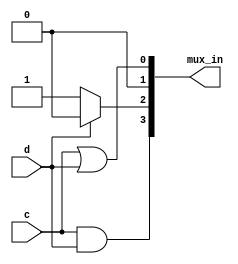
module top_module (
    input c,
    input d,
    output [3:0] mux_in
); 
    wire p,q;
    assign p = d ? 0 : 1 ;
    assign q = c ? 0 : 1 ;
    assign mux_in[0] = c|d;
    assign mux_in[1] = 0;
    assign mux_in[2] = p;
    assign mux_in[3] = c&d;
endmodule